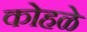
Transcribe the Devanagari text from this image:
कोहळे